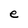
Character: e